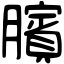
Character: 臏